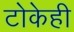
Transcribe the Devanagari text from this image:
टोकेही